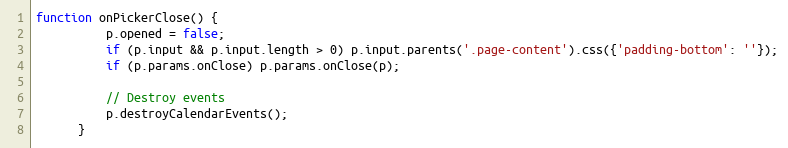
Language: JavaScript
function onPickerClose() {
          p.opened = false;
          if (p.input && p.input.length > 0) p.input.parents('.page-content').css({'padding-bottom': ''});
          if (p.params.onClose) p.params.onClose(p);

          // Destroy events
          p.destroyCalendarEvents();
      }